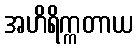
အဟိရိက္ကတာယ